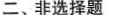
二、非选择题